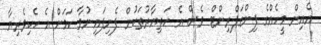
އެއިން މީހެއްގެ ފިންގަޕްރިންޓް ވެސް އެ ހަތިޔާރުތަކުން ފެނިފައިނުވާ ކަމަށް އެ ހެކިވެރިޔާ